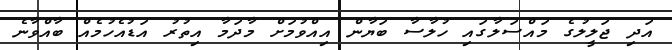
އަދި ޖަލީލުގެ މައްސަލާގައި ހުލާސާ ބަޔާން އިއްވުމަށް މާދަމާ އިތުރު އަޑުއެހުމެއް ބާއްވާނެ